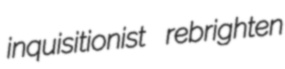
inquisitionist rebrighten